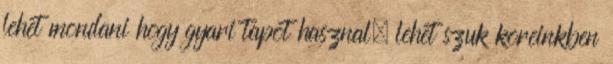
lehet mondani hogy gyari tapot hasznal. lehet szuk koreinkben